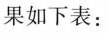
果如下表：